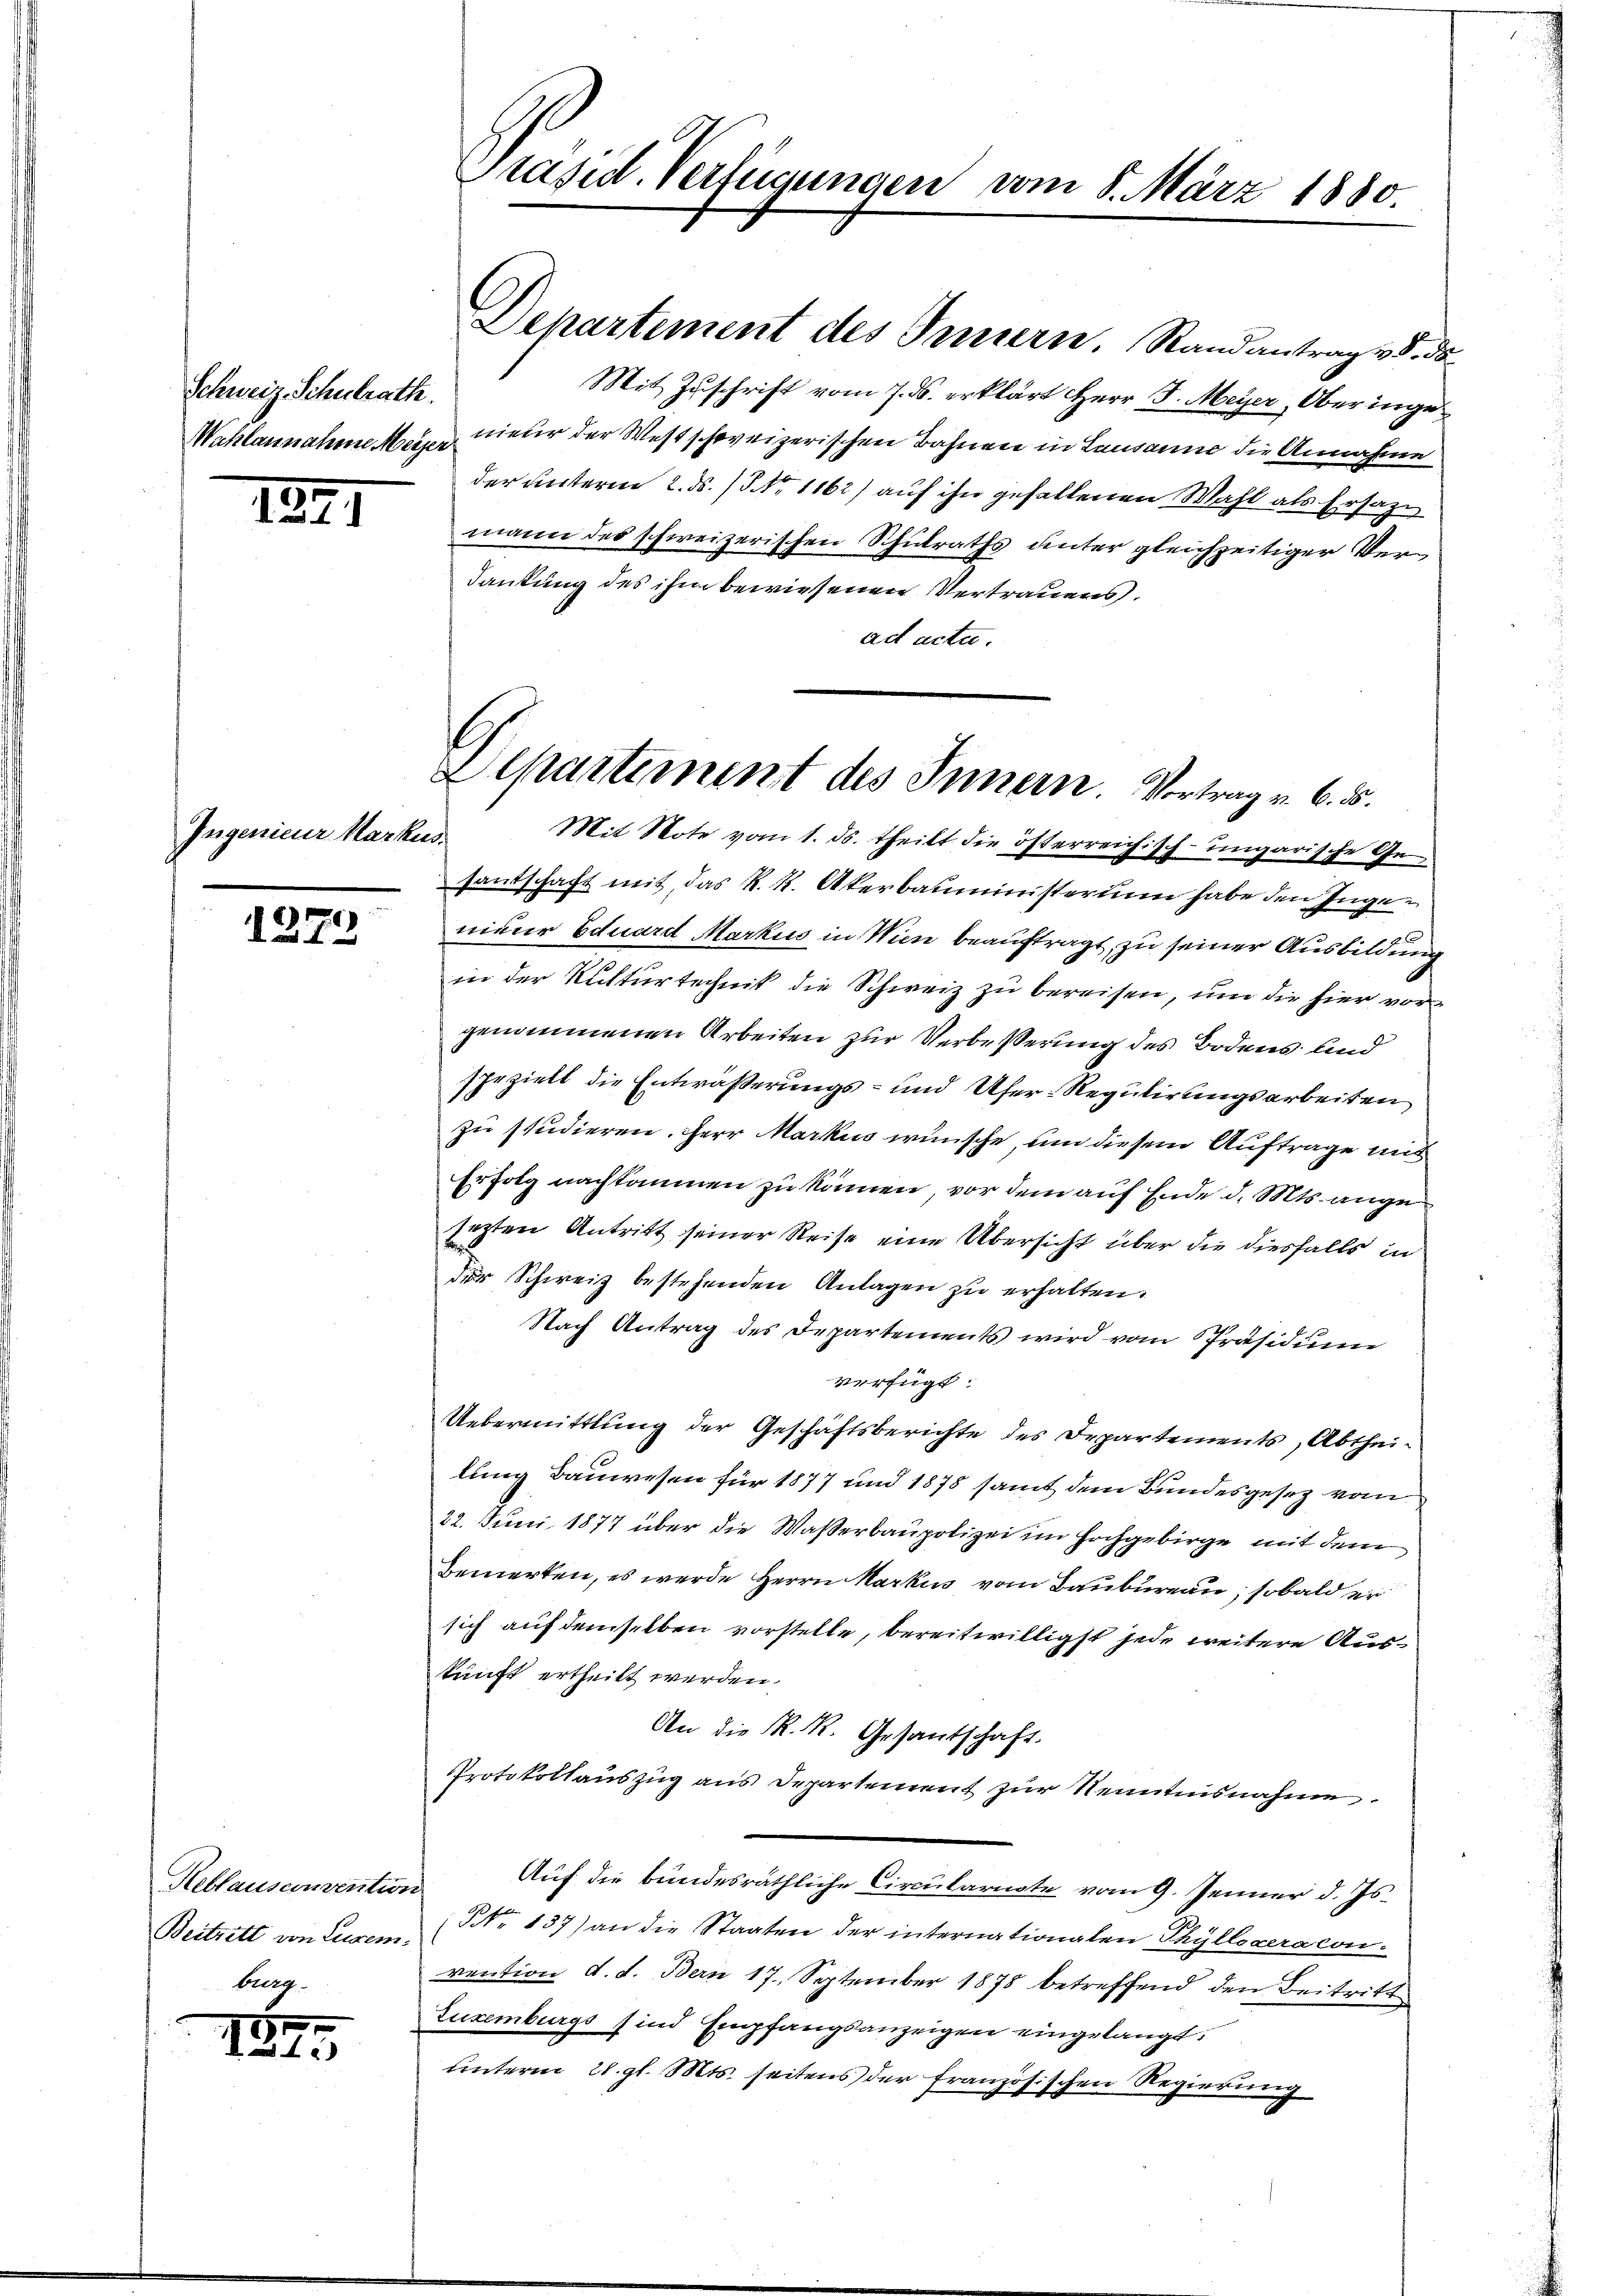
Schweiz. Schulrath.
Wahlannahme Meier

1891

Ingenieur Markus.

1279

Reblausconvention
Beitrett von Lusem.
burg.

137.

Präsid. Verfügungen vom 8. März 1880

Departement des Innern. Randantrag v. ds.

Mit Zuschrift vom 7. ds. erklärt Herr J. Meyer, Oberingenieur der Westschweizerischen Bahnen in Lausanne die Annahme
der unterm 2. ds. /5 No 1162) auf ihn gefallenen Wahl als Ersaze
mann des schweizerischen Schulraths unter gleichzeitiger Verdankung des ihm bewiesenen Vertrauens.
ad acte.

Departement des Innern. Vortrag v. 6. 5.

Mit Note vom 1. ds. theilt die österreichisch-ungarische Gesantschaft mit, das R. K. Akerbauministerium habe den Ingenieur Eduard Markus in Wien beauftragt, zu seiner Ausbildung
in der Kulturtechnik die Schweiz zu bereisen, um die hier vorgenommenen Arbeiten zur Verbesserung des Bodens und
geziell die Entwässerungs- und Ufer-Regulirungsarbeiten
zu studieren. Herr Markus wünsche, um diesem Auftrage mit
Erfolg nachkommen zu kämen, vor dem auf Ende d. Mts. ange¬
Erzten Antritt seiner Reise eine Übersicht über die diesfalls in
der Schweiz bestehenden Anlagen zu erhalten.
Nach Antrag des Departements wird vom Präsidium
verfügt:
Uebermittlung der Geschäftsberichte des Departements, Abtheilung Bauwesen für 1877 und 1878 samt dem Bundesgesetz vom
22. Juni 1877 über die Wasserbaupolizei im Hochgebirge mit dem
Bemerken, es werde Herrn Markus vom Baubureau, sobald er
sich auf demselben vorstelle, bereitwilligst jede weitere Auskunft ertheilt werden.
An die K. K. Gesantschaft.
Protokollauszug aus Departement zur Kenntnisnahme
Auf die bundesräthliche Circulariate vom 9. Jenner d. Js.
NNo. 137) an die Staaten der internationalen Thyllocera con-
vention d. d. Bern 17. September 1878 betreffend den Beitritt
Luxenburgs sind Empfangsanzeigen eingelangt.
unterm 28. gl. Mts. seitens der französischen Regierung